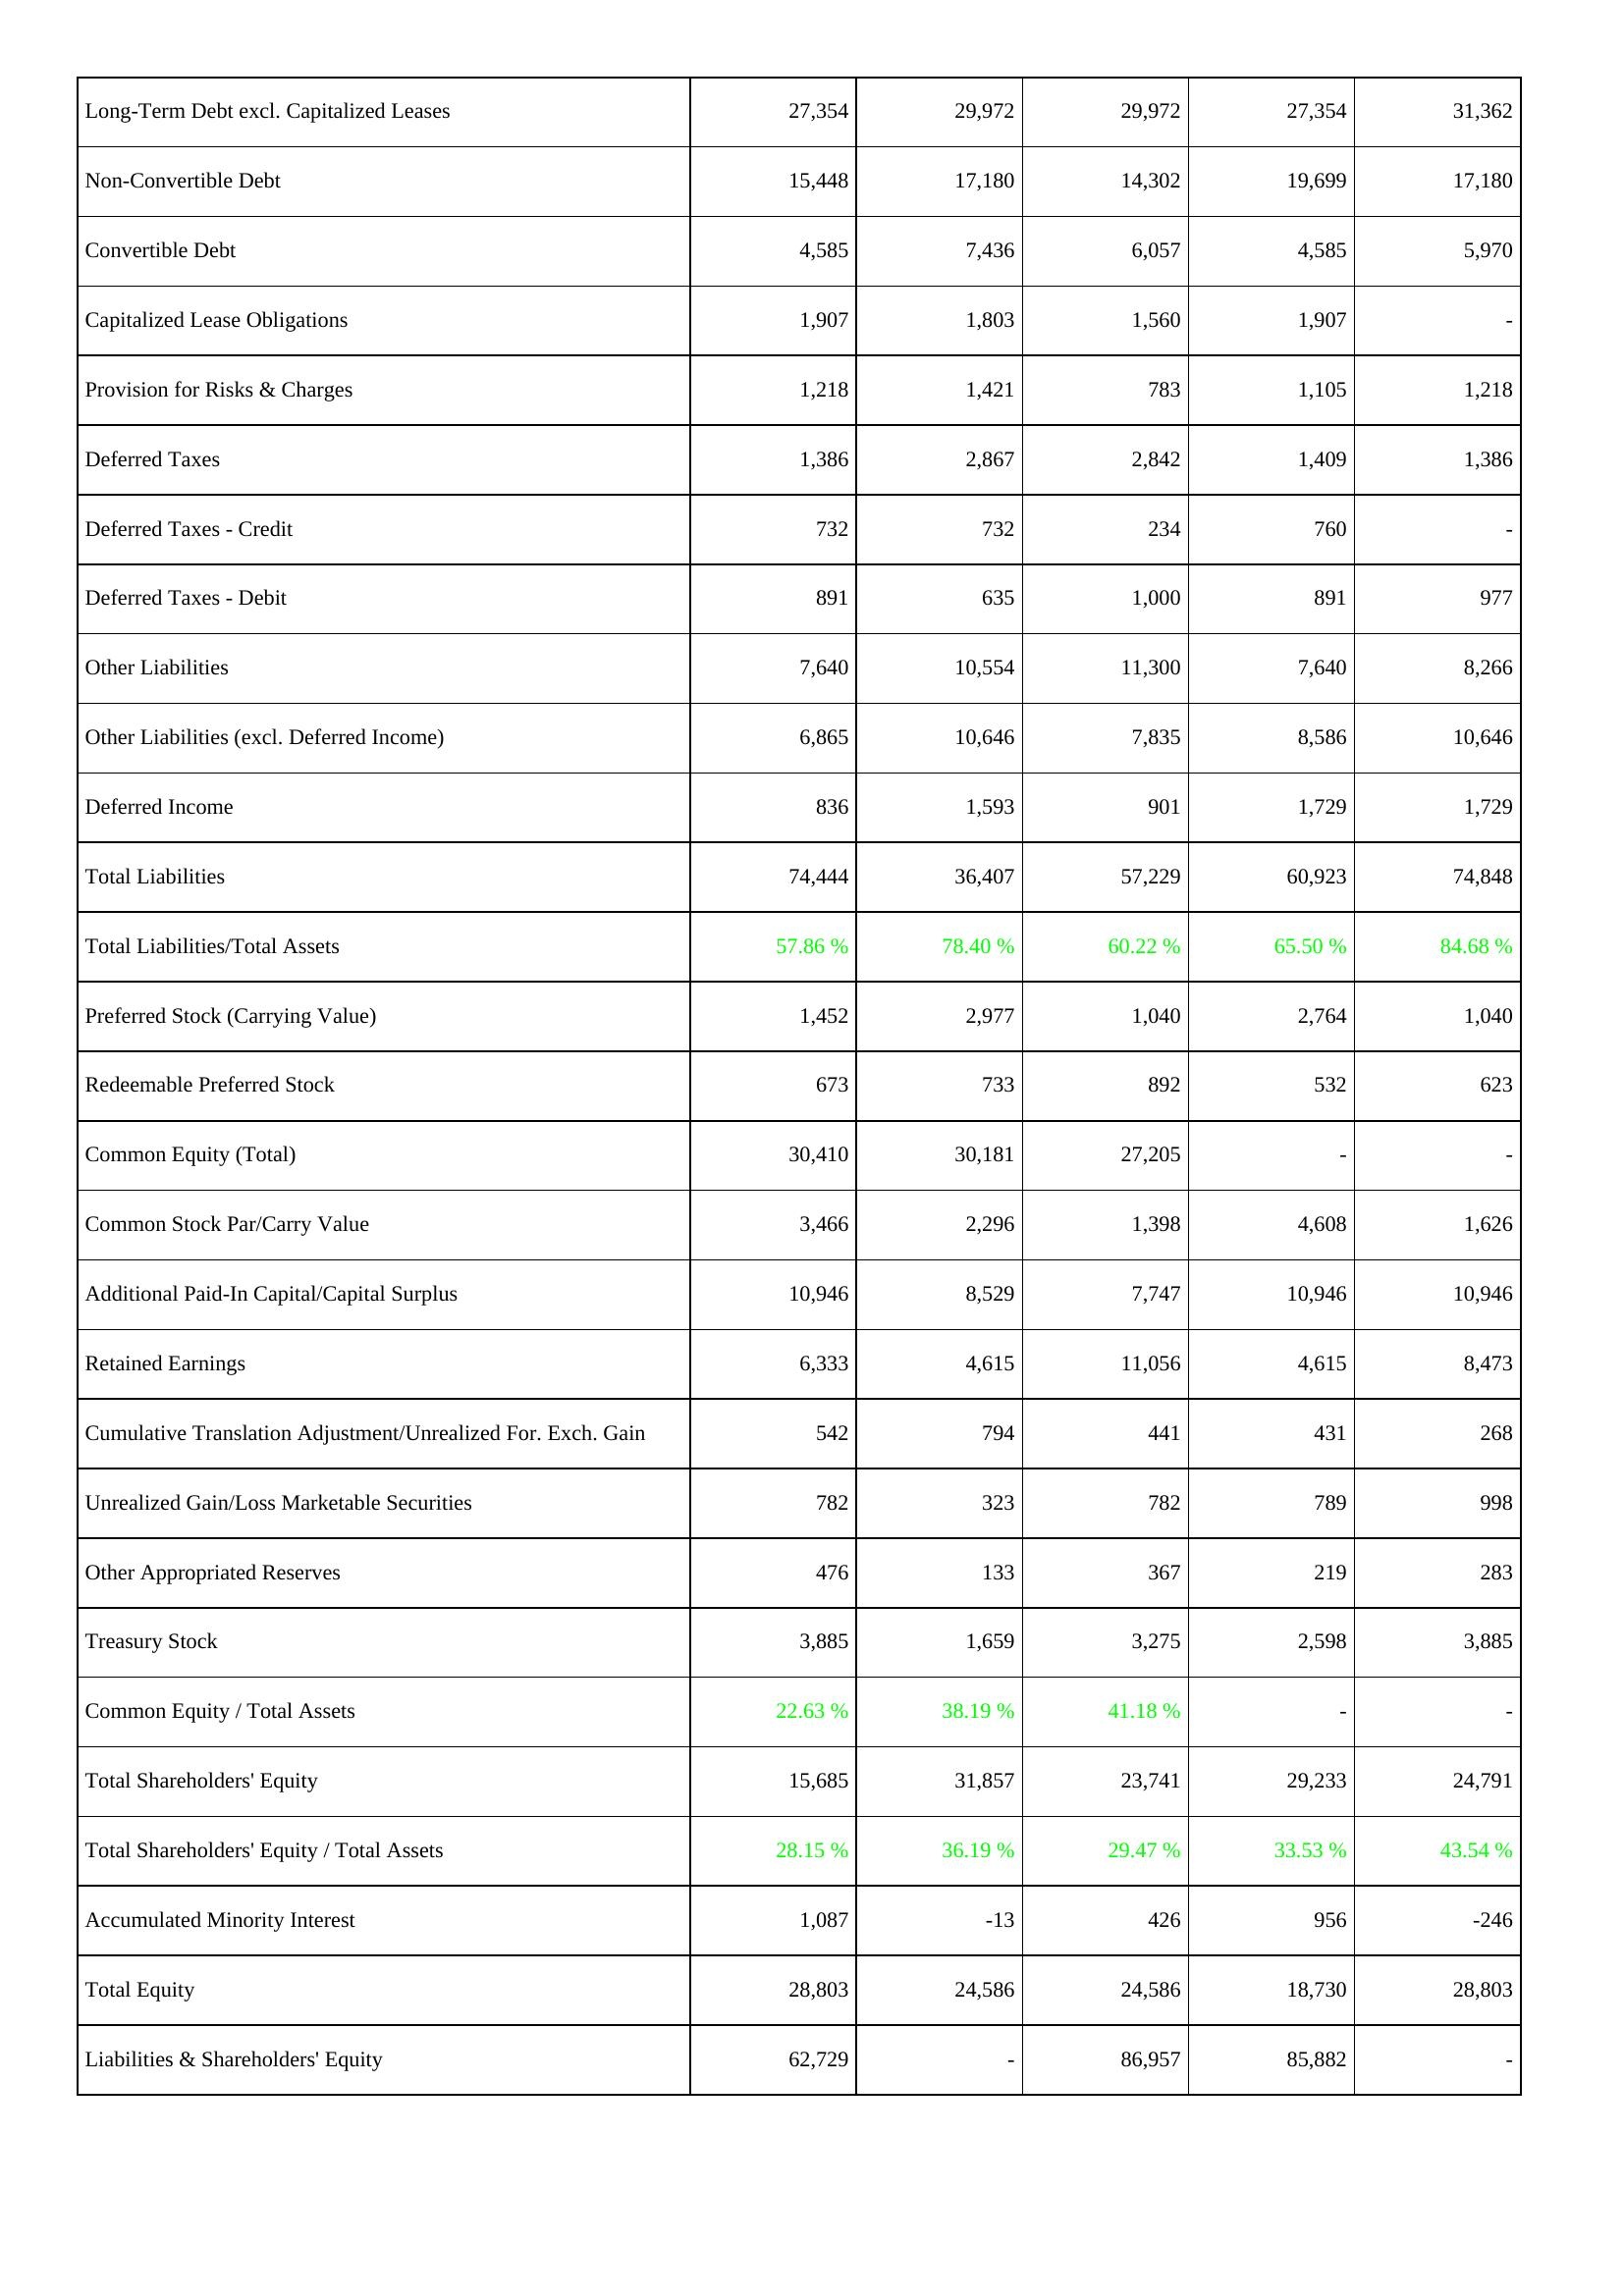
2007: Liabilities & Shareholders' Equity: Long-Term Debt excl. Capitalized Leases: 27,354
Non-Convertible Debt: 15,448
Convertible Debt: 4,585
Capitalized Lease Obligations: 1,907
Provision for Risks & Charges: 1,218
Deferred Taxes: 1,386
Deferred Taxes - Credit: 732
Deferred Taxes - Debit: 891
Other Liabilities: 7,640
Other Liabilities (excl. Deferred Income): 6,865
Deferred Income: 836
Total Liabilities: 74,444
Total Liabilities/Total Assets: 57.86 %
Preferred Stock (Carrying Value): 1,452
Redeemable Preferred Stock: 673
Common Equity (Total): 30,410
Common Stock Par/Carry Value: 3,466
Additional Paid-In Capital/Capital Surplus: 10,946
Retained Earnings: 6,333
Cumulative Translation Adjustment/Unrealized For. Exch. Gain: 542
Unrealized Gain/Loss Marketable Securities: 782
Other Appropriated Reserves: 476
Treasury Stock: 3,885
Common Equity / Total Assets: 22.63 %
Total Shareholders' Equity: 15,685
Total Shareholders' Equity / Total Assets: 28.15 %
Accumulated Minority Interest: 1,087
Total Equity: 28,803
Liabilities & Shareholders' Equity: 62,729
2008: Liabilities & Shareholders' Equity: Long-Term Debt excl. Capitalized Leases: 29,972
Non-Convertible Debt: 17,180
Convertible Debt: 7,436
Capitalized Lease Obligations: 1,803
Provision for Risks & Charges: 1,421
Deferred Taxes: 2,867
Deferred Taxes - Credit: 732
Deferred Taxes - Debit: 635
Other Liabilities: 10,554
Other Liabilities (excl. Deferred Income): 10,646
Deferred Income: 1,593
Total Liabilities: 36,407
Total Liabilities/Total Assets: 78.40 %
Preferred Stock (Carrying Value): 2,977
Redeemable Preferred Stock: 733
Common Equity (Total): 30,181
Common Stock Par/Carry Value: 2,296
Additional Paid-In Capital/Capital Surplus: 8,529
Retained Earnings: 4,615
Cumulative Translation Adjustment/Unrealized For. Exch. Gain: 794
Unrealized Gain/Loss Marketable Securities: 323
Other Appropriated Reserves: 133
Treasury Stock: 1,659
Common Equity / Total Assets: 38.19 %
Total Shareholders' Equity: 31,857
Total Shareholders' Equity / Total Assets: 36.19 %
Accumulated Minority Interest: -13
Total Equity: 24,586
Liabilities & Shareholders' Equity: -
2009: Liabilities & Shareholders' Equity: Long-Term Debt excl. Capitalized Leases: 29,972
Non-Convertible Debt: 14,302
Convertible Debt: 6,057
Capitalized Lease Obligations: 1,560
Provision for Risks & Charges: 783
Deferred Taxes: 2,842
Deferred Taxes - Credit: 234
Deferred Taxes - Debit: 1,000
Other Liabilities: 11,300
Other Liabilities (excl. Deferred Income): 7,835
Deferred Income: 901
Total Liabilities: 57,229
Total Liabilities/Total Assets: 60.22 %
Preferred Stock (Carrying Value): 1,040
Redeemable Preferred Stock: 892
Common Equity (Total): 27,205
Common Stock Par/Carry Value: 1,398
Additional Paid-In Capital/Capital Surplus: 7,747
Retained Earnings: 11,056
Cumulative Translation Adjustment/Unrealized For. Exch. Gain: 441
Unrealized Gain/Loss Marketable Securities: 782
Other Appropriated Reserves: 367
Treasury Stock: 3,275
Common Equity / Total Assets: 41.18 %
Total Shareholders' Equity: 23,741
Total Shareholders' Equity / Total Assets: 29.47 %
Accumulated Minority Interest: 426
Total Equity: 24,586
Liabilities & Shareholders' Equity: 86,957
2010: Liabilities & Shareholders' Equity: Long-Term Debt excl. Capitalized Leases: 27,354
Non-Convertible Debt: 19,699
Convertible Debt: 4,585
Capitalized Lease Obligations: 1,907
Provision for Risks & Charges: 1,105
Deferred Taxes: 1,409
Deferred Taxes - Credit: 760
Deferred Taxes - Debit: 891
Other Liabilities: 7,640
Other Liabilities (excl. Deferred Income): 8,586
Deferred Income: 1,729
Total Liabilities: 60,923
Total Liabilities/Total Assets: 65.50 %
Preferred Stock (Carrying Value): 2,764
Redeemable Preferred Stock: 532
Common Equity (Total): -
Common Stock Par/Carry Value: 4,608
Additional Paid-In Capital/Capital Surplus: 10,946
Retained Earnings: 4,615
Cumulative Translation Adjustment/Unrealized For. Exch. Gain: 431
Unrealized Gain/Loss Marketable Securities: 789
Other Appropriated Reserves: 219
Treasury Stock: 2,598
Common Equity / Total Assets: -
Total Shareholders' Equity: 29,233
Total Shareholders' Equity / Total Assets: 33.53 %
Accumulated Minority Interest: 956
Total Equity: 18,730
Liabilities & Shareholders' Equity: 85,882
2011: Liabilities & Shareholders' Equity: Long-Term Debt excl. Capitalized Leases: 31,362
Non-Convertible Debt: 17,180
Convertible Debt: 5,970
Capitalized Lease Obligations: -
Provision for Risks & Charges: 1,218
Deferred Taxes: 1,386
Deferred Taxes - Credit: -
Deferred Taxes - Debit: 977
Other Liabilities: 8,266
Other Liabilities (excl. Deferred Income): 10,646
Deferred Income: 1,729
Total Liabilities: 74,848
Total Liabilities/Total Assets: 84.68 %
Preferred Stock (Carrying Value): 1,040
Redeemable Preferred Stock: 623
Common Equity (Total): -
Common Stock Par/Carry Value: 1,626
Additional Paid-In Capital/Capital Surplus: 10,946
Retained Earnings: 8,473
Cumulative Translation Adjustment/Unrealized For. Exch. Gain: 268
Unrealized Gain/Loss Marketable Securities: 998
Other Appropriated Reserves: 283
Treasury Stock: 3,885
Common Equity / Total Assets: -
Total Shareholders' Equity: 24,791
Total Shareholders' Equity / Total Assets: 43.54 %
Accumulated Minority Interest: -246
Total Equity: 28,803
Liabilities & Shareholders' Equity: -